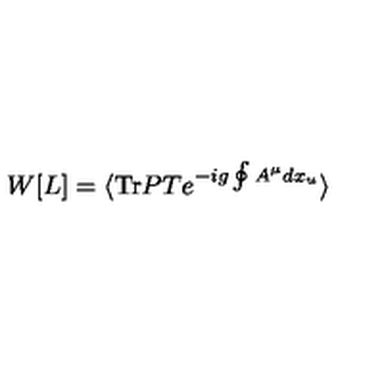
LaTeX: W [ L ] = \langle \mathrm { T r } P T e ^ { - i g \oint A ^ { \mu } d x _ { u } } \rangle